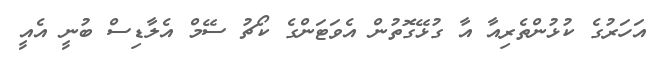
އަހަރުގެ ކުޅުންތެރިއާ އާ ގުޅޭގޮތުން އެވަޓަންގެ ކޯޗު ސޭމް އެލާޑިސް ބުނީ އެއީ